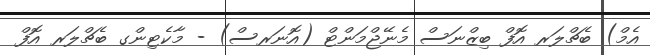
އެމް) ބެޗްލަރ އޮފް ބިޒްނަސް މެނޭޖްމަންޓް (އޮނަރސް) - މާކެޓިންގ ބެޗްލަރ އޮފް